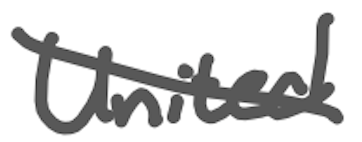
Text: United
Cross-out: diagonal
Writing tool: digital_gray